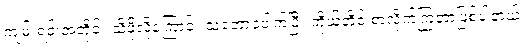
ကျမ်းရင်းအတိုင်း သိဖို့လိုကြောင်း သဘောပေါက်ပြီး ကိုယ်တိုင် စာလိုက်ကြတာဖြစ်ပါတယ်။